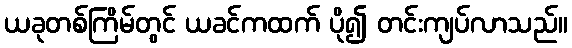
ယခုတစ်ကြိမ်တွင် ယခင်ကထက် ပို၍ တင်းကျပ်လာသည်။